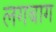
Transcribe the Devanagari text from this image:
लगबाग